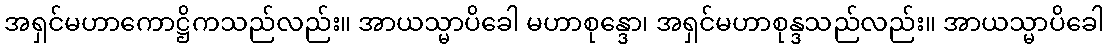
အရှင်မဟာကောဋ္ဌိကသည်လည်း။ အာယသ္မာပိခေါ မဟာစုန္ဒော၊ အရှင်မဟာစုန္ဒသည်လည်း။ အာယသ္မာပိခေါ